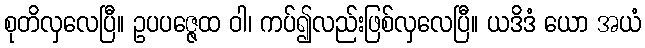
စုတိလှလေပြီ။ ဥပပဇ္ဇေထ ဝါ၊ ကပ်၍လည်းဖြစ်လှလေပြီ။ ယဒိဒံ ယော အယံ